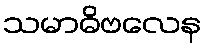
သမာဓိဗလေန